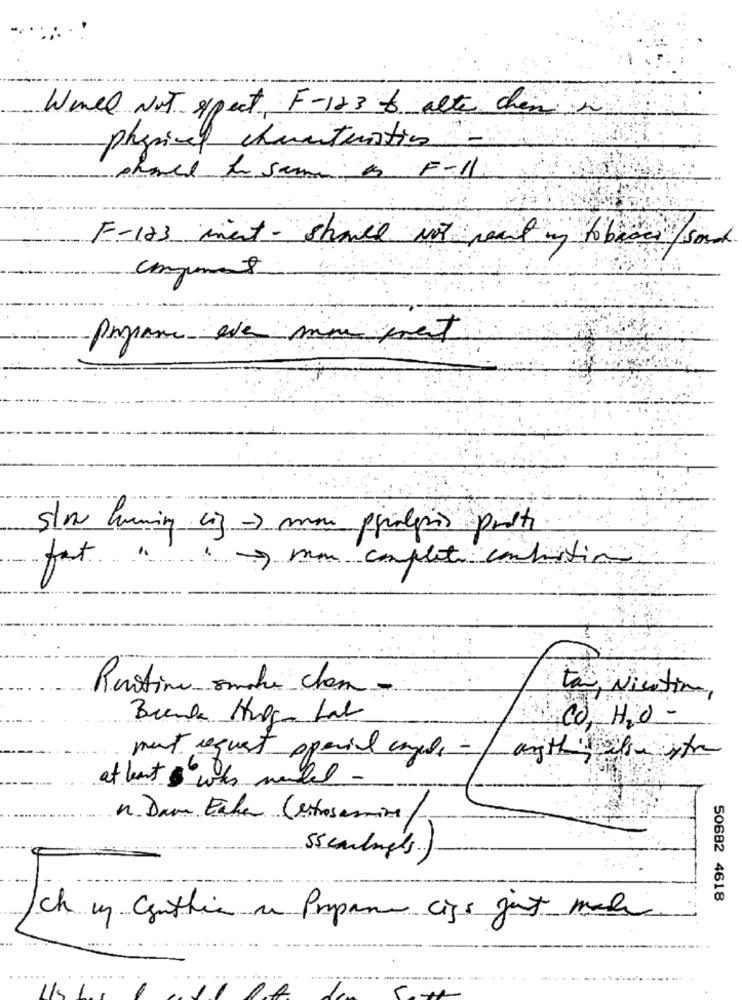
Were Not expect, F-123 to alte them in
physical chuanteristics
F-123 ment - should Not meant in to bases soud
count
program ave min met
mon complete conduction
Rentine somale cham -
tan Nicotin,
Brenda Hulp Lab
CO, H2O -
mut request openial engels - angthis ilse ste
at least $ who made -
n. Dam Echen (estosammine/-
sscarlunges.)
50682 4618
ch my Cynthia a Propane cips just made
.....